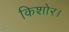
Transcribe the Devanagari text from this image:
किशोर।